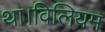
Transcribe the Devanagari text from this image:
था।विलियम